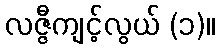
လဇ္ဇီကျင့်လွယ် (၁)။